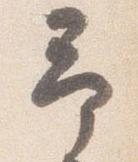
予